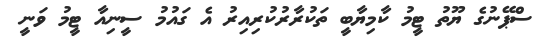
ސްޕޭނުގެ ޔޫތު ޓީމު ކާމިޔާބީ ތަކުރާރުކުރިއިރު އެ ގައުމު ސީނިއާ ޓީމު ވަނީ